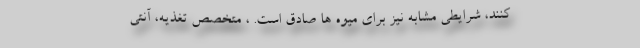
کنند، شرایطی مشابه نیز برای میوه ها صادق است. ، متخصص تغذیه، آنتی